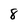
Character: 8